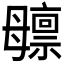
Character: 𬆸